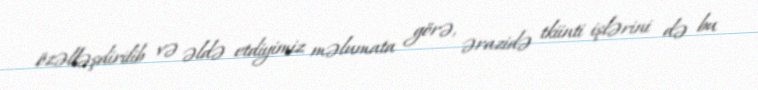
özəlləşdirilib və əldə etdiyimiz məlumata görə, ərazidə tkiinti işlərini də bu